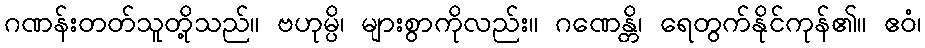
ဂဏန်းတတ်သူတို့သည်။ ဗဟုမ္ပိ၊ များစွာကိုလည်း။ ဂဏေန္တိ၊ ရေတွက်နိုင်ကုန်၏။ ဧဝံ၊